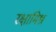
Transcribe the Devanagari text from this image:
रक्षामिश्र